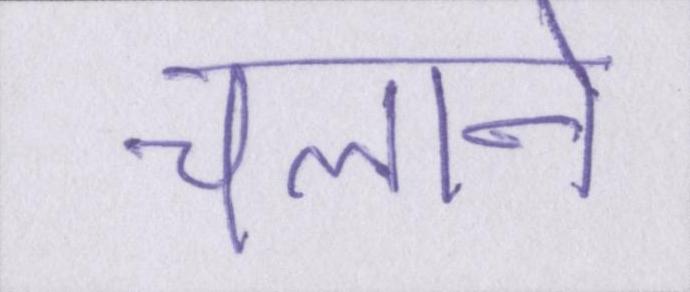
चलाने